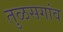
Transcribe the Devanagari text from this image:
तुळसगांव